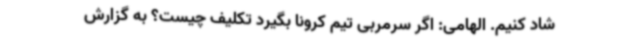
شاد کنیم. الهامی: اگر سرمربی تیم کرونا بگیرد تکلیف چیست؟ به گزارش